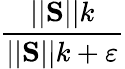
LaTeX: \frac{||\mathbf{S}||k}{||\mathbf{S}||k+\varepsilon}